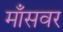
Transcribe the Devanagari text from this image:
माँसवर